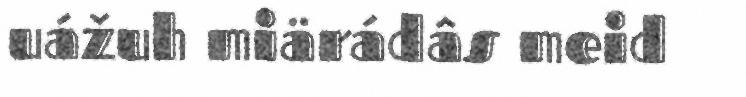
uážuh miärádâs meid